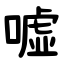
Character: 嘘